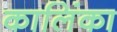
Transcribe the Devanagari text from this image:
कालिंका